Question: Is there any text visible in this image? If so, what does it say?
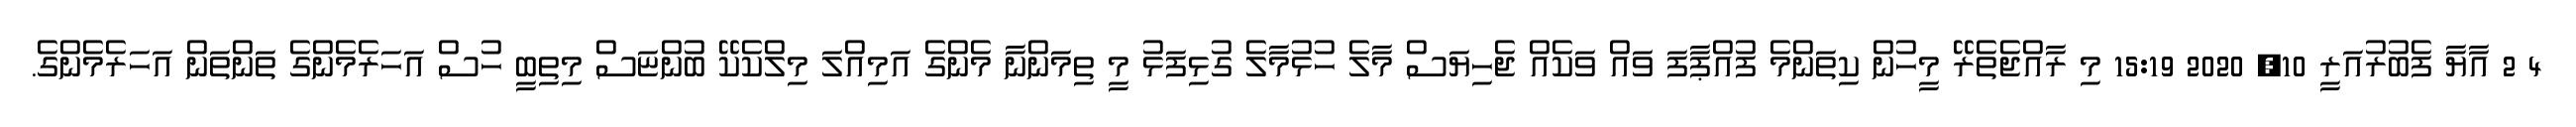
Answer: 4 2 އާޔާ ފެބުރުއަރީ 10, 2020 15:19 މި ރާއްޖެތެރޭ މީހުން ކިތަންމެ ފުއްޕާފަ ވައް ވަކެއް ޖެހިޔަސް މާލެ ހުޅުމާލެ ގުޅިފަޅު މީ ތިމަންނާ މެންގެ އަމިއްލަ މިލްކެކޭ ބުންޏަސް މިތިބީ ހުސް އަހަރެމެންގެ ތަންތަން އަހަރެމެންގެ.